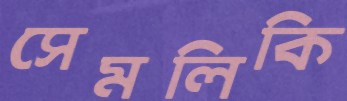
সেমলিকি